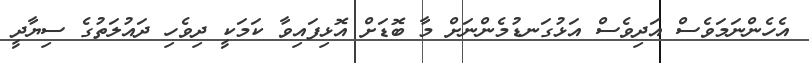
އެހެންނަމަވެސް އަދިވެސް އަޅުގަނޑުމެންނަށް މާ ބޮޑަށް އޮޅިފައިވާ ކަމަކީ ދިވެހި ދައުލަތުގެ ސިޔާދީ